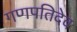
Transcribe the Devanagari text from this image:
गणपतिदेव